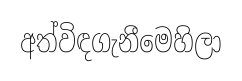
අත්විඳගැනීමෙහිලා